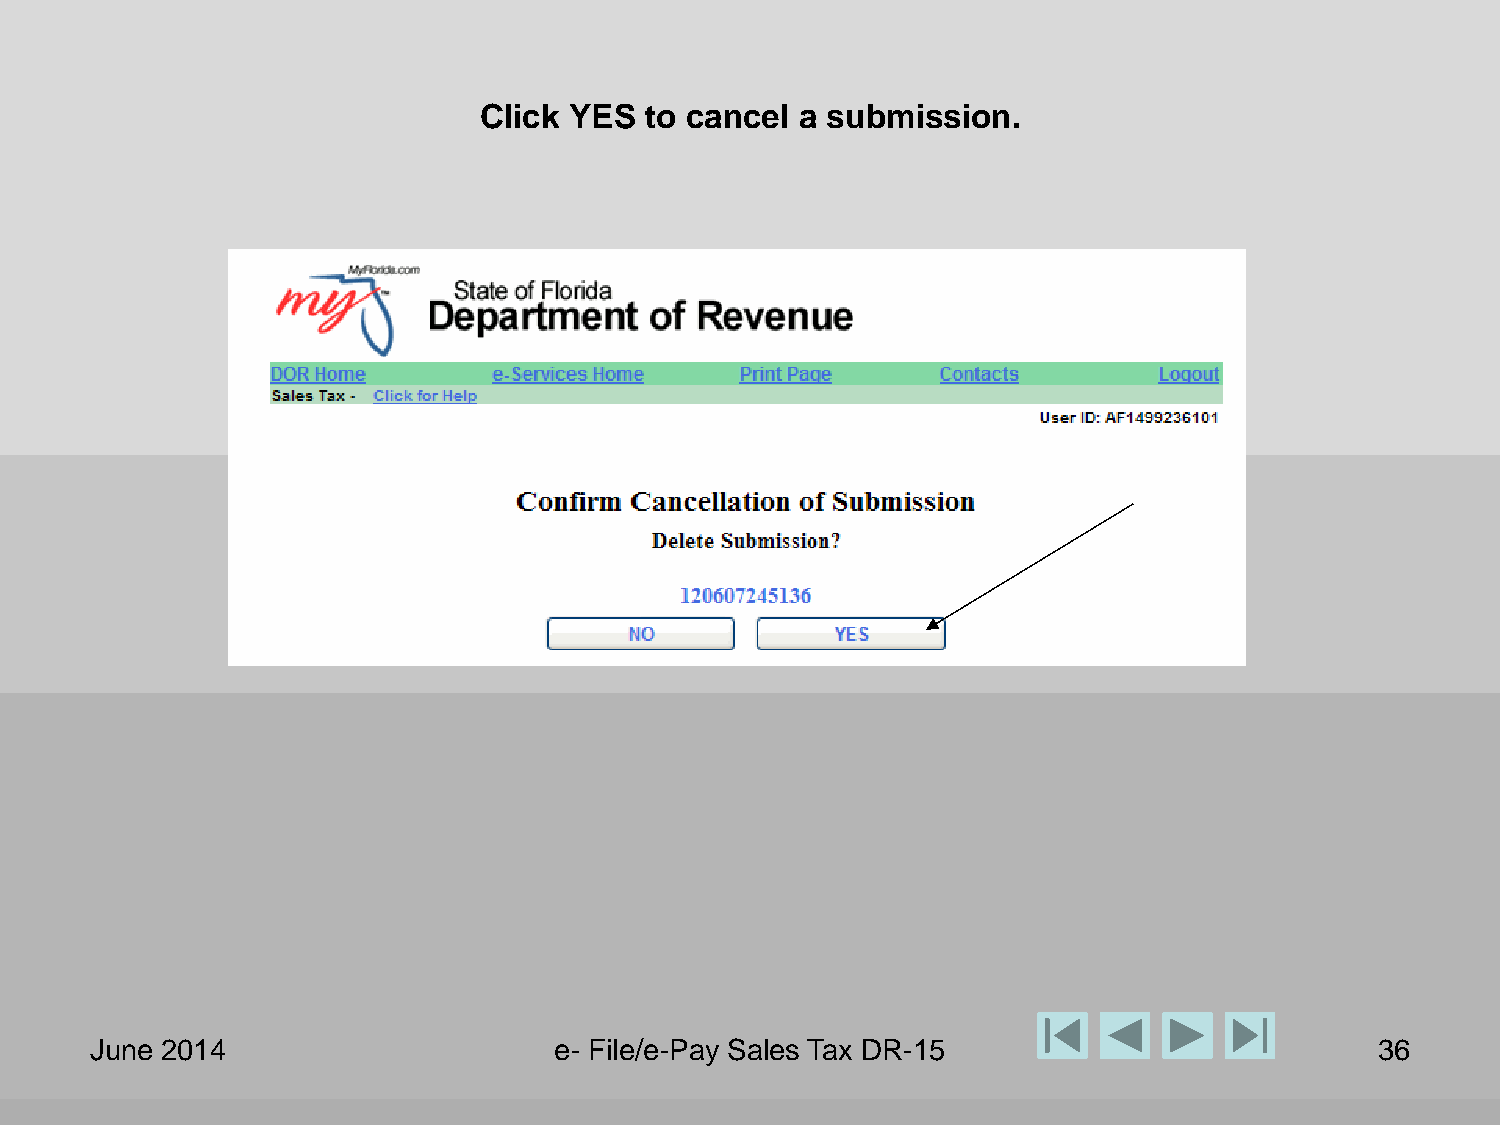
Click YES  to cancel a submission.
 June 2014                      e- File/e-Pay Sales Tax DR-15                         36